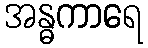
အန္ဓကာရေ